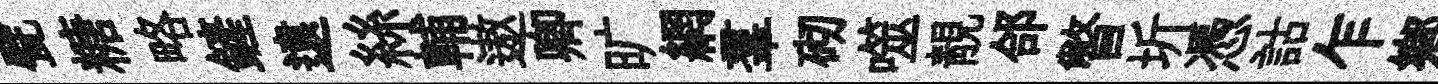
甓糖略鏟遠絲輔遨卿旷網羣砌噬靚郃瞥圻憑詁乍鄕